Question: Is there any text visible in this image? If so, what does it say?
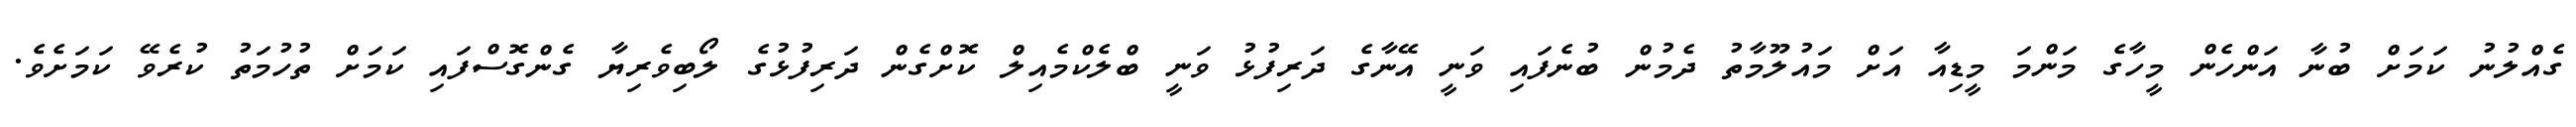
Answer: ގެއްލުނު ކަމަށް ބުނާ އަންހެން މީހާގެ މަންމަ މީޑިއާ އަށް މައުލޫމާތު ދެމުން ބުނެފައި ވަނީ އޭނާގެ ދަރިފުޅު ވަނީ ބްލެކްމެއިލް ކޮށްގެން ދަރިފުޅުގެ ލޯބިވެރިޔާ ގެންގޮސްފައި ކަމަށް ތުހުމަތު ކުރެވޭ ކަމަށެވެ.